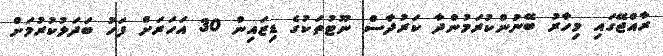
ރާއްޖޭގައި މިހާރު ބޭނުންކުރަމުންދާ ކަރުދާސް ނޫޓުތަކުގެ ޑިޒައިން 30 އަހަރަށް ފަހު ބަދަލުކުރުމަށް